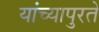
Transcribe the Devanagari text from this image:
यांच्यापुरते